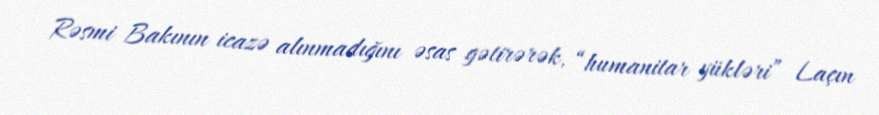
Rəsmi Bakının icazə alınmadığını əsas gətirərək, “humanitar yükləri” Laçın